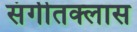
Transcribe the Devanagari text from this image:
संगीतक्लास